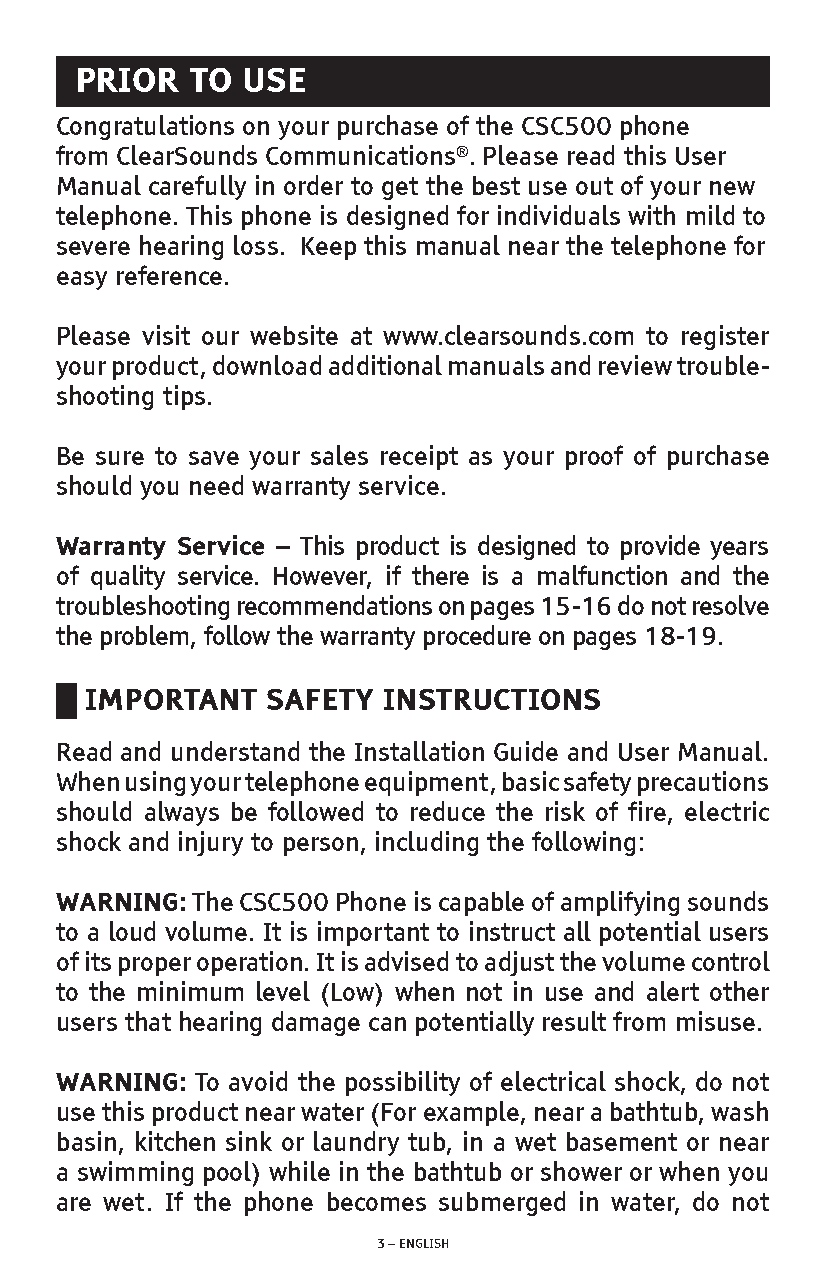
PRIOR   TO USE
 Congratulations on your purchase of the CSC500 phone
 from ClearSounds Communications®. Please read this User
 Manual carefully in order to get the best use out of your new
 telephone. This phone is designed for individuals with mild to
 severe hearing loss. Keep this manual near the telephone for
 easy reference.
 Please visit our website at www.clearsounds.com to register
 your product, download additional manuals and review trouble-
 shooting tips.
 Be sure to save your sales receipt as your proof of purchase
 should you need warranty service.
 Warranty Service – This product is designed to provide years
 of quality service. However, if there is a malfunction and the
 troubleshooting recommendations on pages 15-16 do not resolve
 the problem, follow the warranty procedure on pages 18-19.
 █ IMPORTANT   SAFETY INSTRUCTIONS
 Read and understand the Installation Guide and User Manual.
 When using your telephone equipment, basic safety precautions
 should always be followed to reduce the risk of fire, electric
 shock and injury to person, including the following:
 WARNING: The CSC500 Phone is capable of amplifying sounds
 to a loud volume. It is important to instruct all potential users
 of its proper operation. It is advised to adjust the volume control
 to the minimum level (Low) when not in use and alert other
 users that hearing damage can potentially result from misuse.
 WARNING: To avoid the possibility of electrical shock, do not
 use this product near water (For example, near a bathtub, wash
 basin, kitchen sink or laundry tub, in a wet basement or near
 a swimming pool) while in the bathtub or shower or when you
 are wet. If the phone becomes submerged in water, do not
 3 – ENGLISH